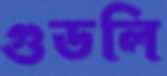
গুডলি